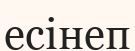
есінеп